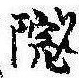
院